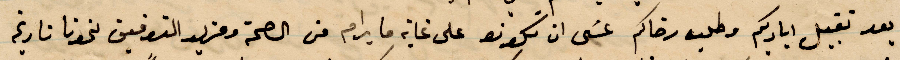
بعد تقبيل اياديكم وطلب رضاكم عسى ان تكونو على غاية ما يرام من الصحة وعزيز التوفيق نحونا تاريخ